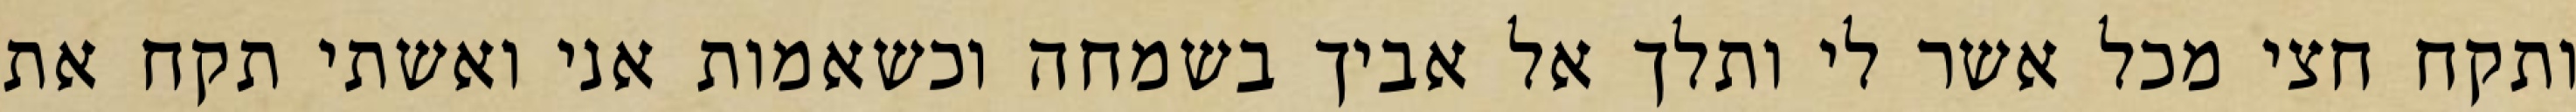
ותקח חצי מכל אשר לי ותלך אל אביך בשמחה וכשאמות אני ואשתי תקח את